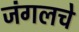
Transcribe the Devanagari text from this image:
जंगलचे